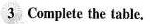
3 Complete the table.